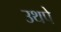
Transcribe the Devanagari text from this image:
उथपे